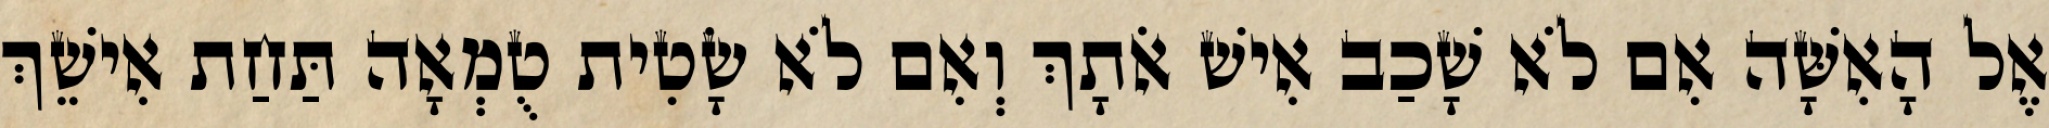
אֶל הָאִשָּׁה אִם לֹא שָׁכַב אִישׁ אֹתָךְ וְאִם לֹא שָׂטִית טֻמְאָה תַּחַת אִישֵׁךְ